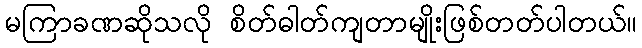
မကြာခဏဆိုသလို စိတ်ဓါတ်ကျတာမျိုးဖြစ်တတ်ပါတယ်။